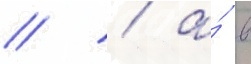
// / а́ в